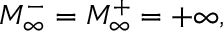
M _ { \infty } ^ { - } = M _ { \infty } ^ { + } = + \infty ,